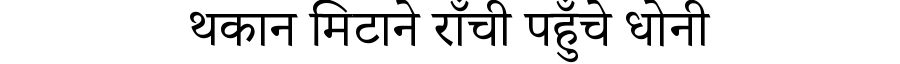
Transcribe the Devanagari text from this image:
थकान मिटाने राँची पहुँचे धोनी